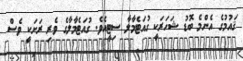
ޤައުމުގެ އެންމެ ބޮޑު ޝަހަރަކީ ގުއަޓެމާލާ ސިޓީއެވެ. ގުއަޓެމާލާގެ ވެރި ރަށަކީ ވެސް